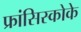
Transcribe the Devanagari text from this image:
फ्रांसिस्कोके